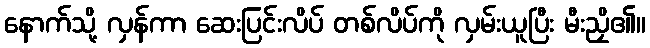
နောက်သို့ လှန်ကာ ဆေးပြင်းလိပ် တစ်လိပ်ကို လှမ်းယူပြီး မီးညှိ၏။